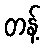
တန့်